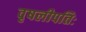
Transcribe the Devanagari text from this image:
वृषलीपतिः